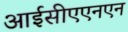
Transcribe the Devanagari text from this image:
आईसीएएनएन